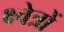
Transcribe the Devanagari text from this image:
क्ष्वेत्रों